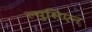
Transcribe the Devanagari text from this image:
ल्युसिएन